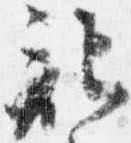
記